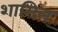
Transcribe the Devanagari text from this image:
शामिल्